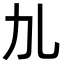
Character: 劜